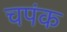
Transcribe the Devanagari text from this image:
चपंक